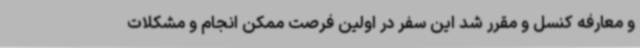
و معارفه کنسل و مقرر شد این سفر در اولین فرصت ممکن انجام و مشکلات